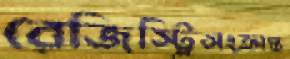
রেজিস্ট্রিসংক্রান্ত